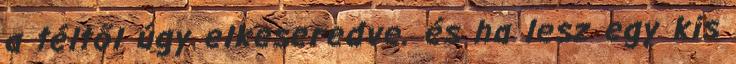
a téltől úgy elkeseredve. és ha lesz egy kis